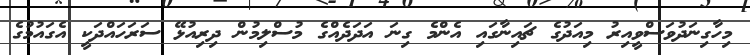
މިހާގިނަދުވަސްވީއިރު މިއަދުގެ ޗައިނާގައި އެންމެ ގިނަ އަދަދެއްގެ މުސްލިމުން ދިރިއުޅޭ ސަރަހައްދަކީ އެގައުމުގެ